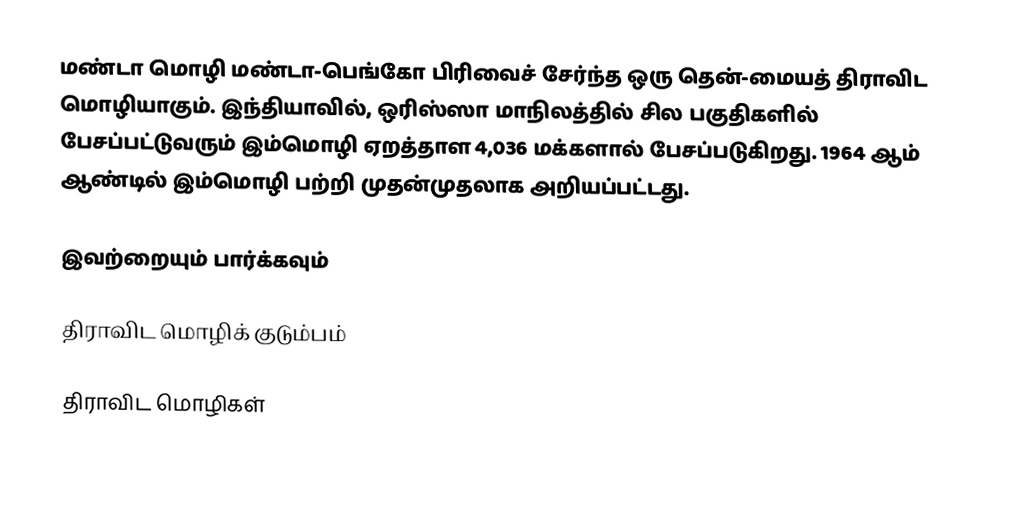
மண்டா மொழி மண்டா-பெங்கோ பிரிவைச் சேர்ந்த ஒரு தென்-மையத் திராவிட மொழியாகும். இந்தியாவில், ஒரிஸ்ஸா மாநிலத்தில் சில பகுதிகளில் பேசப்பட்டுவரும் இம்மொழி ஏறத்தாள 4,036 மக்களால் பேசப்படுகிறது. 1964 ஆம் ஆண்டில் இம்மொழி பற்றி முதன்முதலாக அறியப்பட்டது.

இவற்றையும் பார்க்கவும்

 திராவிட மொழிக் குடும்பம்

திராவிட மொழிகள்